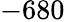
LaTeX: -680